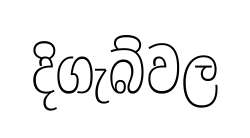
දිගැබ්වල